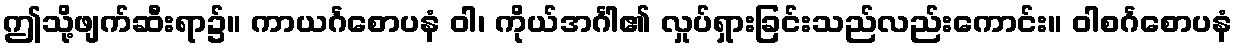
ဤသို့ဖျက်ဆီးရာ၌။ ကာယင်္ဂစောပနံ ဝါ၊ ကိုယ်အင်္ဂါ၏ လှုပ်ရှားခြင်းသည်လည်းကောင်း။ ဝါစင်္ဂစောပနံ